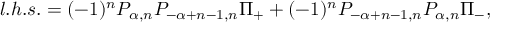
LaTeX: l . h . s . = ( - 1 ) ^ { n } { \cal P } _ { \alpha , n } { \cal P } _ { - \alpha + n - 1 , n } \Pi _ { + } + ( - 1 ) ^ { n } { \cal P } _ { - \alpha + n - 1 , n } { \cal P } _ { \alpha , n } \Pi _ { - } ,